Scientific memoirs by medical officers of the Army of India - Part VIII,
Year: 1894
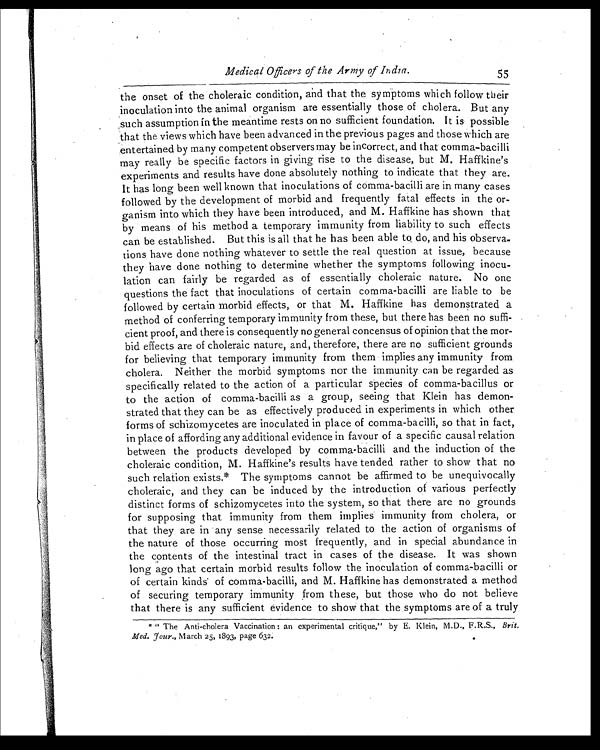
Medical Officers of the Army of India.
55
the onset of the choleraic condition, and that the symptoms which follow their
inoculation into the animal organism are essentially those of cholera. But any
such assumption in the meantime rests on no sufficient foundation. It is possible
that the views which have been advanced in the previous pages and those which are
entertained by many competent observers may be incorrect, and that comma-bacilli
may really be specific factors in giving rise to the disease, but M. Haffkine's
experiments and results have done absolutely nothing to indicate that they are.
It has long been well known that inoculations of comma-bacilli are in many cases
followed by the development of morbid and frequently fatal effects in the or-
ganism into which they have been introduced, and M. Haffkine has shown that
by means of his method a temporary immunity from liability to such effects
can be established. But this is all that he has been able to do, and his observa-
tions have done nothing whatever to settle the real question at issue, because
they have done nothing to determine whether the symptoms following inocu-
lation can fairly be regarded as of essentially choleraic nature. No one
questions the fact that inoculations of certain comma-bacilli are liable to be
followed by certain morbid effects, or that M. Haffkine has demonstrated a
method of conferring temporary immunity from these, but there has been no suffi-
cient proof, and there is consequently no general concensus of opinion that the mor-
bid effects are of choleraic nature, and, therefore, there are no sufficient grounds
for believing that temporary immunity from them implies any immunity from
cholera. Neither the morbid symptoms nor the immunity can be regarded as
specifically related to the action of a particular species of comma-bacillus or
to the action of comma-bacilli as a group, seeing that Klein has demon-
strated that they can be as effectively produced in experiments in which other
forms of schizomycetes are inoculated in place of comma-bacilli, so that in fact,
in place of affording any additional evidence in favour of a specific causal relation
between the products developed by comma-bacilli and the induction of the
choleraic condition, M. Haffkine's results have tended rather to show that no
such relation exists.* The symptoms cannot be affirmed to be unequivocally
choleraic, and they can be induced by the introduction of various perfectly
distinct forms of schizomycetes into the system, so that there are no grounds
for supposing that immunity from them implies immunity from cholera, or
that they are in any sense necessarily related to the action of organisms of
the nature of those occurring most frequently, and in special abundance in
the contents of the intestinal tract in cases of the disease. It was shown
long ago that certain morbid results follow the inoculation of comma-bacilli or
of certain kinds" of comma-bacilli, and M. Haffkine has demonstrated a method
of securing temporary immunity from these, but those who do not believe
that there is any sufficient evidence to show that the symptoms are of a truly
* " The Anti-cholera Vaccination : an experimental critique," by E. Klein, M.D., F.R.S., Brit.
Med. Your., March 25, 1893, page 632: